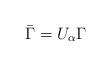
LaTeX: \begin{align*}\bar{\Gamma}=U_{\alpha}\Gamma\end{align*}